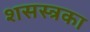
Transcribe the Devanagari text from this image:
शसस्त्रका